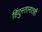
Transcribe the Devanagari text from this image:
हिंदुस्तानातही